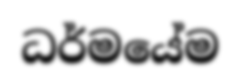
ධර්මයේම